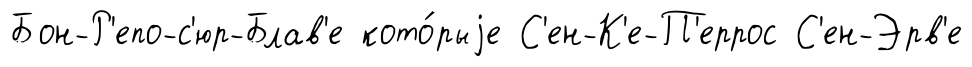
Бон-Р'епо-с'юр-Блав'е кото́рыjе С'ен-К'е-П'еррос С'ен-Эрв'е